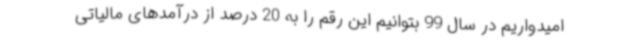
امیدواریم در سال 99 بتوانیم این رقم را به 20 درصد از درآمدهای مالیاتی